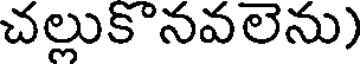
చల్లుకొనవలెను)